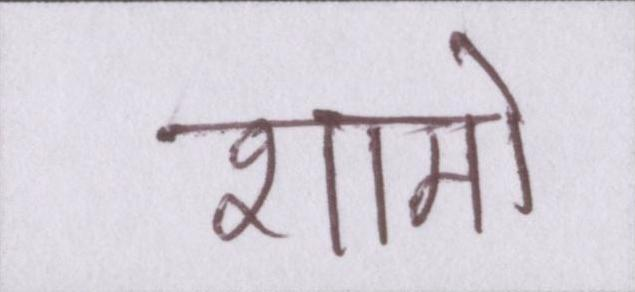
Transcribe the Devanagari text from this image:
शामों